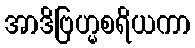
အာဒိဗြဟ္မစရိယကာ